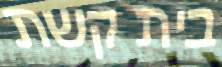
בית קשת